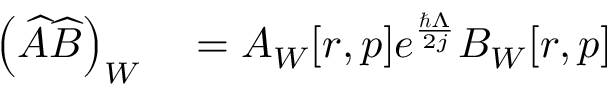
\begin{array} { r l } { \left( \widehat { A } \widehat { B } \right) _ { W } } & { { } = A _ { W } [ r , p ] e ^ { \frac { \hbar \Lambda } { 2 j } } B _ { W } [ r , p ] } \end{array}